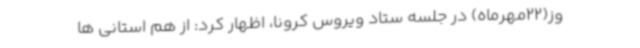
وز(22مهرماه) در جلسه ستاد ویروس کرونا، اظهار کرد: از هم استانی ها